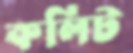
কলিট